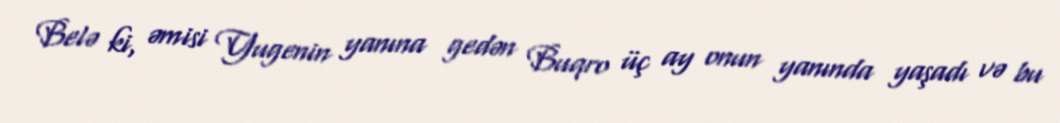
Belə ki, əmisi Yugenin yanına gedən Buqro üç ay onun yanında yaşadı və bu